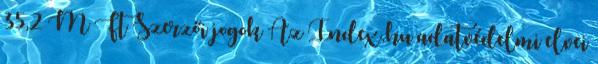
35,2 M Ft Szerzői jogok Az Index.hu adatvédelmi elvei